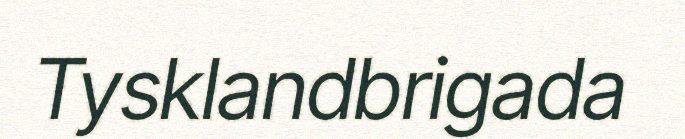
Tysklandbrigada